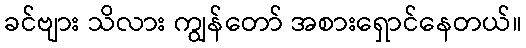
ခင်ဗျား သိလား ကျွန်တော် အစားရှောင်နေတယ်။